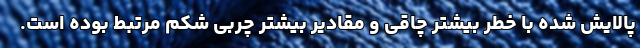
پالایش شده با خطر بیشتر چاقی و مقادیر بیشتر چربی شکم مرتبط بوده است.